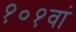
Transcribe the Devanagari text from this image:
१०१वां